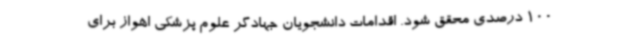
100 درصدی محقق شود. اقدامات دانشجویان جهادگر علوم پزشکی اهواز برای